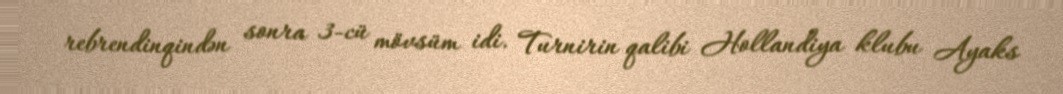
rebrendinqindən sonra 3-cü mövsüm idi. Turnirin qalibi Hollandiya klubu Ayaks